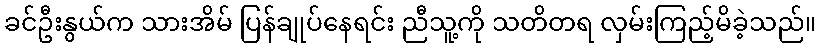
ခင်ဦးနွယ်က သားအိမ် ပြန်ချုပ်နေရင်း ညီသူ့ကို သတိတရ လှမ်းကြည့်မိခဲ့သည်။